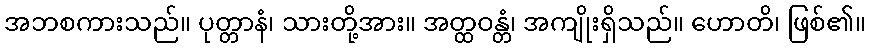
အဘစကားသည်။ ပုတ္တာနံ၊ သားတို့အား။ အတ္ထဝန္တံ၊ အကျိုးရှိသည်။ ဟောတိ၊ ဖြစ်၏။